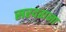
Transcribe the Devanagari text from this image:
सरदराना